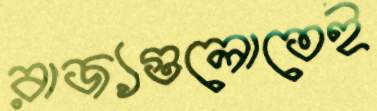
রাজ্যগুলোতেই